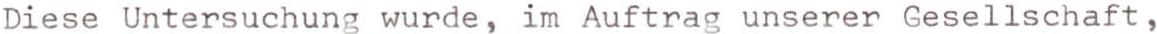
Diese Untersuchung wurde, im Auftrag unserer Gesellschaft,